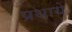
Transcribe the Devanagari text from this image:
प्रथाये